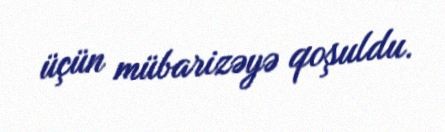
üçün mübarizəyə qoşuldu.